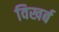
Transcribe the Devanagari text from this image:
विखर्ब